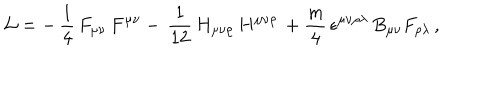
{ \cal L } = - \, \frac { 1 } { 4 } \, F _ { \mu \nu } \, F ^ { \mu \nu } - \, \frac { 1 } { 1 2 } \, H _ { \mu \nu \rho } \, H ^ { \mu \nu \rho } \, + { \frac { m } { 4 } } \, \epsilon ^ { \mu \nu \rho \lambda } \, B _ { \mu \nu } F _ { \rho \lambda } \, ,